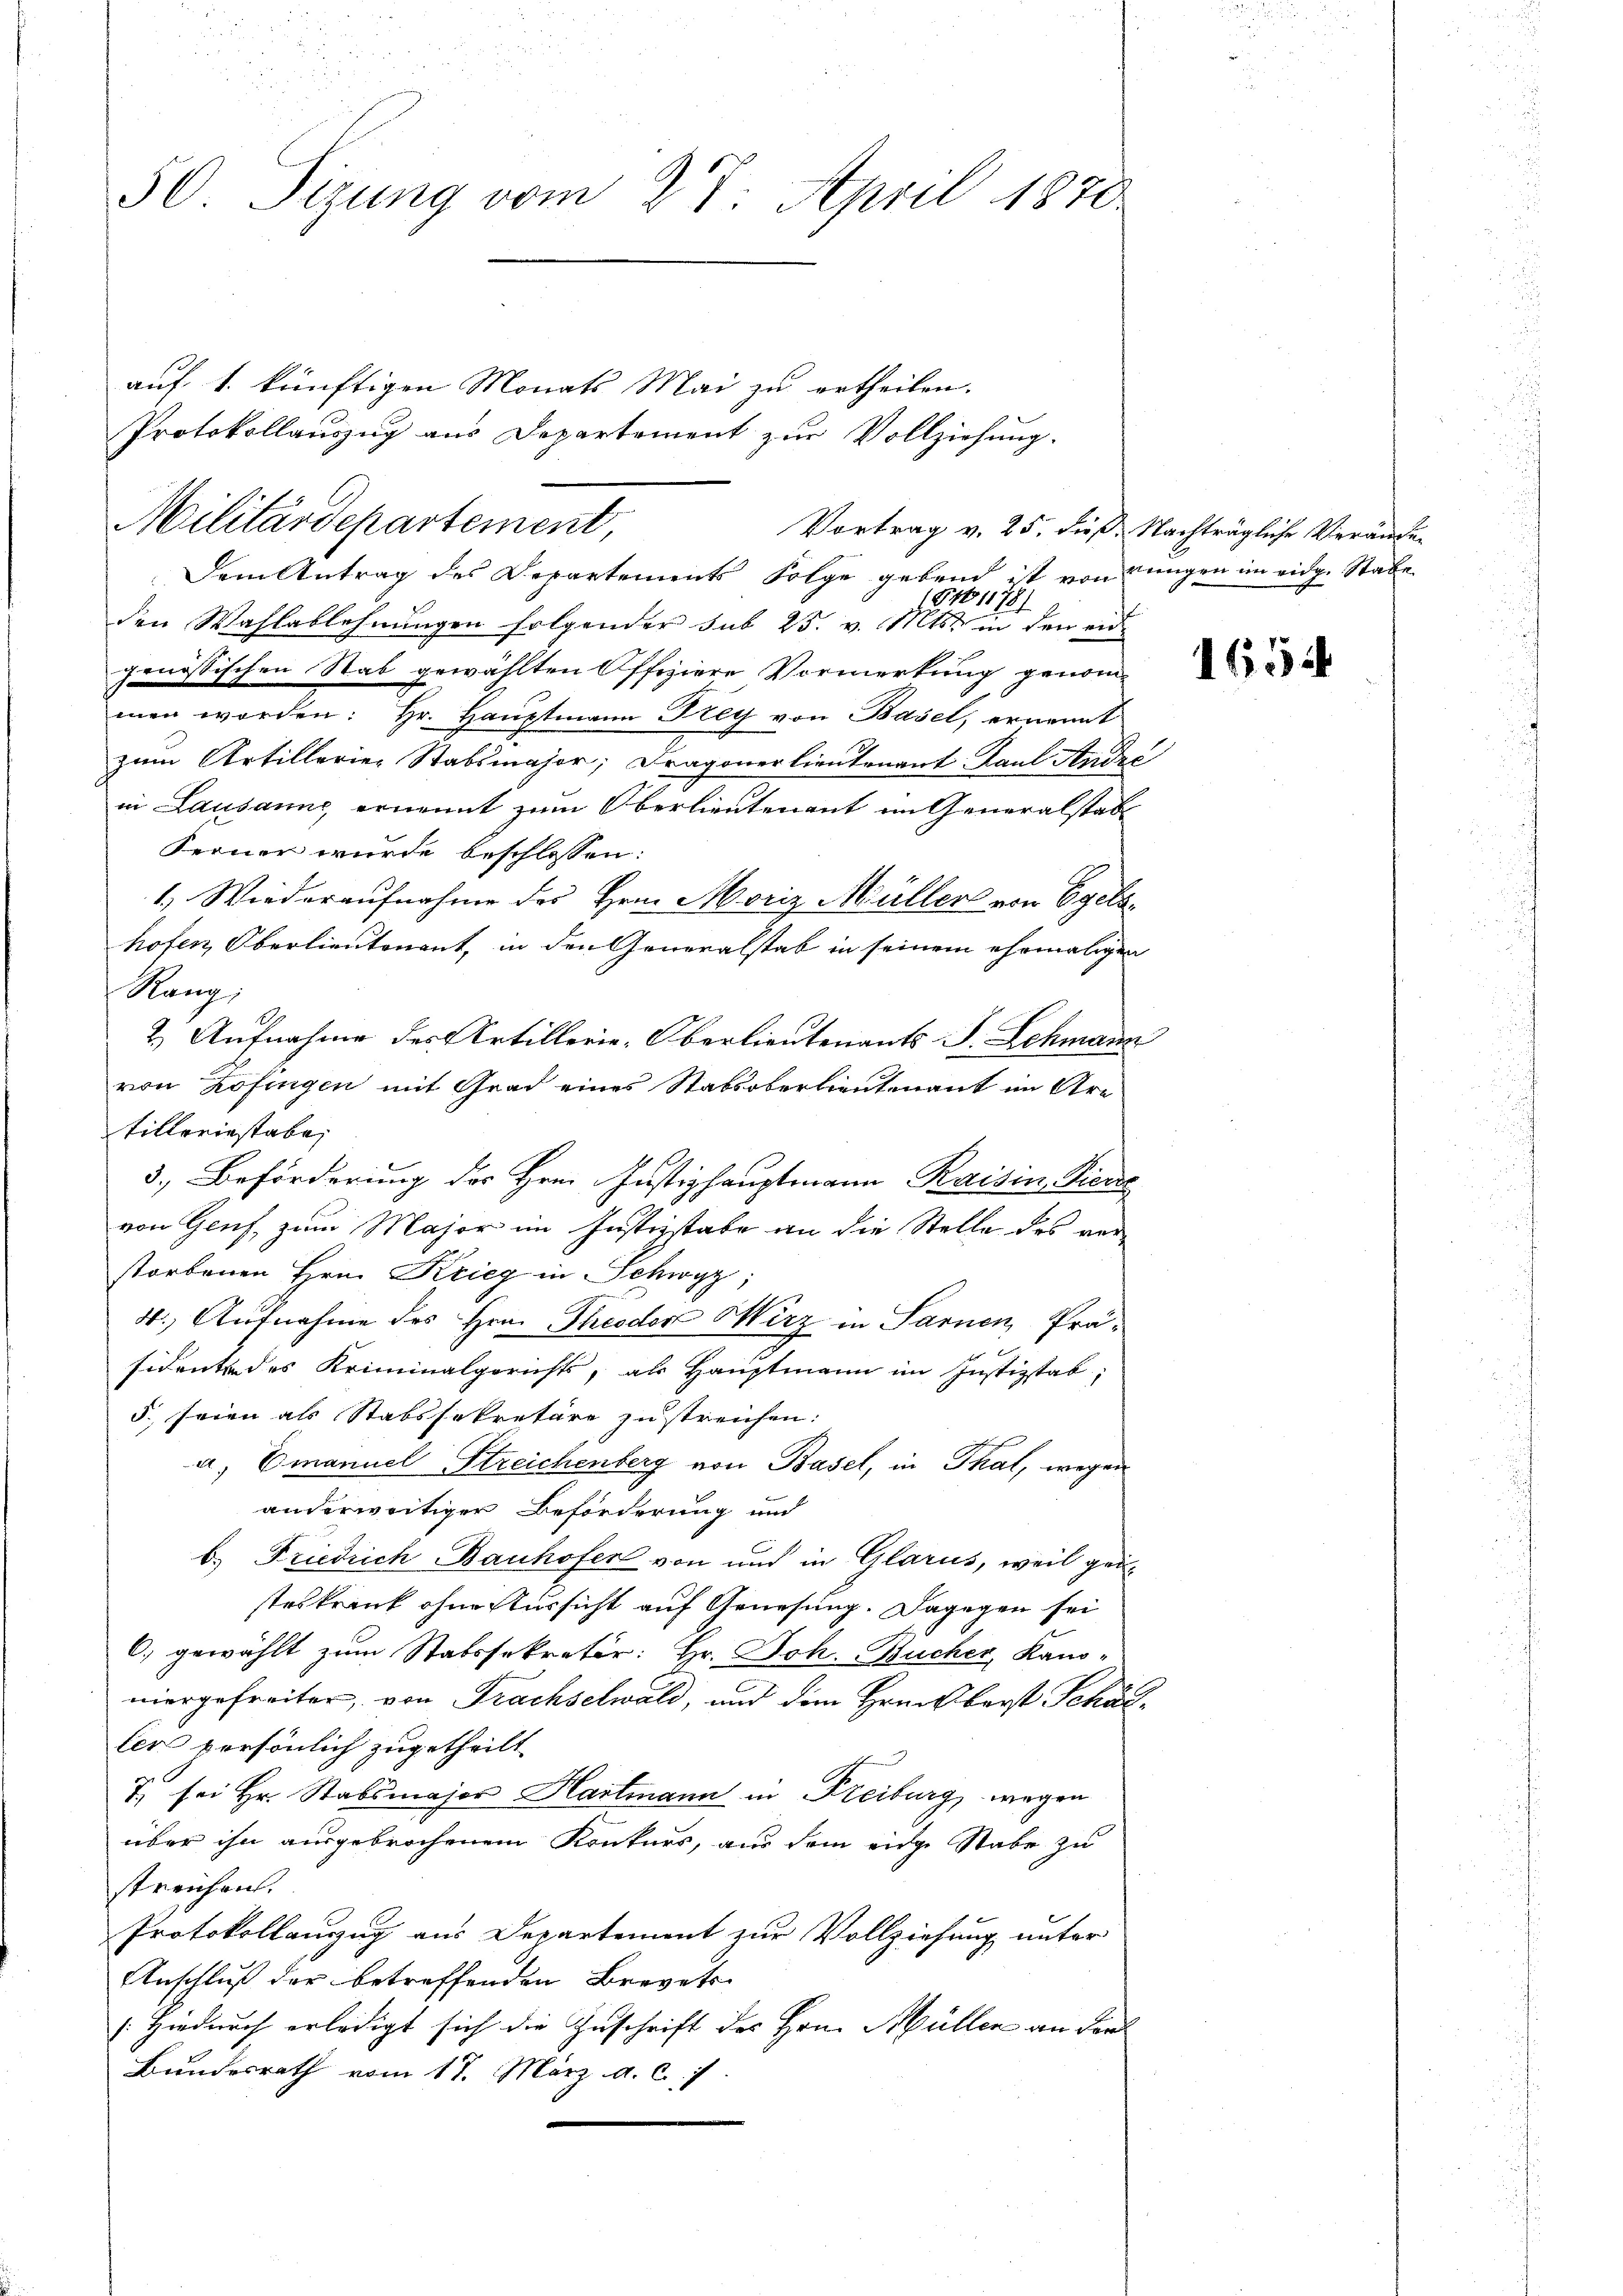
50. Sizung vom 27. April 1870

Vortrag v. 25. dieß Nachträgliche Veränder
Dem Antrag des Departements Folge gebend ist von jungen im eidg. Stabe
GNo 1178)
den Wahlablehnungen folgender sub 25. v. Mts. in den endgenössischen Stab gewählten Offiziere Vormerkung genommen worden: Hr. Hauptmann Frey von Basel, ernannt
zum Artillerier Stabsmajor, Dragonerlieutenant Paul André
in Lausanne ernennt zum Oberlieutenant im Generalstab
Ferner wurde beschlossen:
1. Wiederaufnahme des Hrn. Moriz Müller von Egelshofen, Oberlieutenant, in den Generalstab in seinem ehemaligen
Rang
2.) Aufnahme des Artillerie-Oberlieutenants S. Schmann
von Zofingen mit Grad eines Stabsoberlieutenant im Are
tilleriestabe,
3.) Beförderung des Hrn. Justizhauptmann Raisin, Viere
von Genf, zum Major im Justizstabe an die Stelle des verstorbenen Hrn. Krieg in Schwyz
4.) Aufnahme des Hrn. Theodor Wirz in Sarnen, Prä-
sidente des Kriminalgerichts, als Hauptmann im Justizstab;
5. seien als Stabssekretäre zustreichen:
a. Emanuel Streichenberg von Basel, in Thal, wegen
anderweitiger Beförderung und
b. Friedrich Bauhofer von und in Glarus, weil geisteskrank ohne Aussicht auf Genesung. Dagegen sei
C. gewählt zum Statssekretär: Hr. Joh. Bucher, Kanoniergefreiter, von Frachselwald, und dem Hrückberst Schäller persönlich zugetheilt
7. sei Hr. Stabsmajor Hartmann in Freiburg wegen
über ihn ausgebrochenem Konkurs, aus dem eidge Stabe zu
streichen.
Protokollauszug aus Departement zur Vollziehung unter
Anschluß der betreffenden Brevets
Hiedurch erledigt sich die Zuschrift des Hrn. Müllen an der
Bundesrath vom 17. März a. c. 7.

auf 1. künftigen Monats Mai zu ertheilen.
Protokollauszug aus Departement zur Vollziehung.
Militärdepartement,

1654